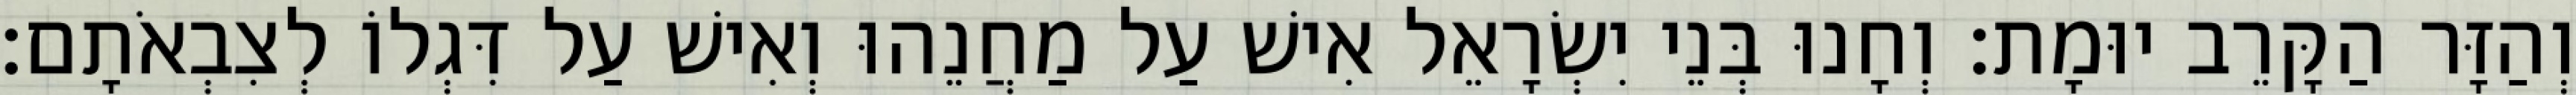
וְהַזָּר הַקָּרֵב יוּמָת׃ וְחָנוּ בְּנֵי יִשְׂרָאֵל אִישׁ עַל מַחֲנֵהוּ וְאִישׁ עַל דִּגְלוֹ לְצִבְאֹתָם׃